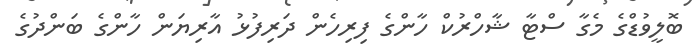
ބޮލީވުޑްގެ މެގާ ސްޓާ ޝާހްރުކް ހާންގެ ފިރިހެން ދަރިފުޅު އާރިޔަން ހާންގެ ބަންދުގެ